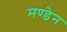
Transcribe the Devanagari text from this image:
मण्‍डेन